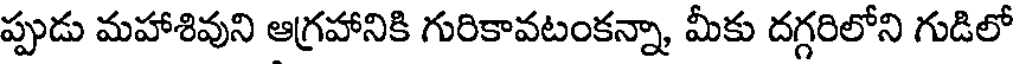
ప్పుడు మహాశివుని ఆగ్రహానికి గురికావటంకన్నా, మీకు దగ్గరిలోని గుడిలో